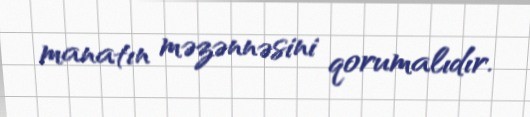
manatın məzənnəsini qorumalıdır.